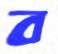
ব